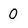
Character: 0